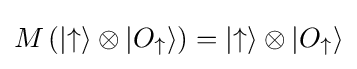
M\left(|{\uparrow }\rangle \otimes |O_{\uparrow }\rangle \right)=|{\uparrow }\rangle \otimes |O_{\uparrow }\rangle